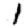
Digit: 1